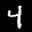
Label: 4